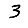
Digit: 3